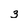
Character: 3